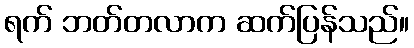
ရက် ဘတ်တလာက ဆက်ပြန်သည်။